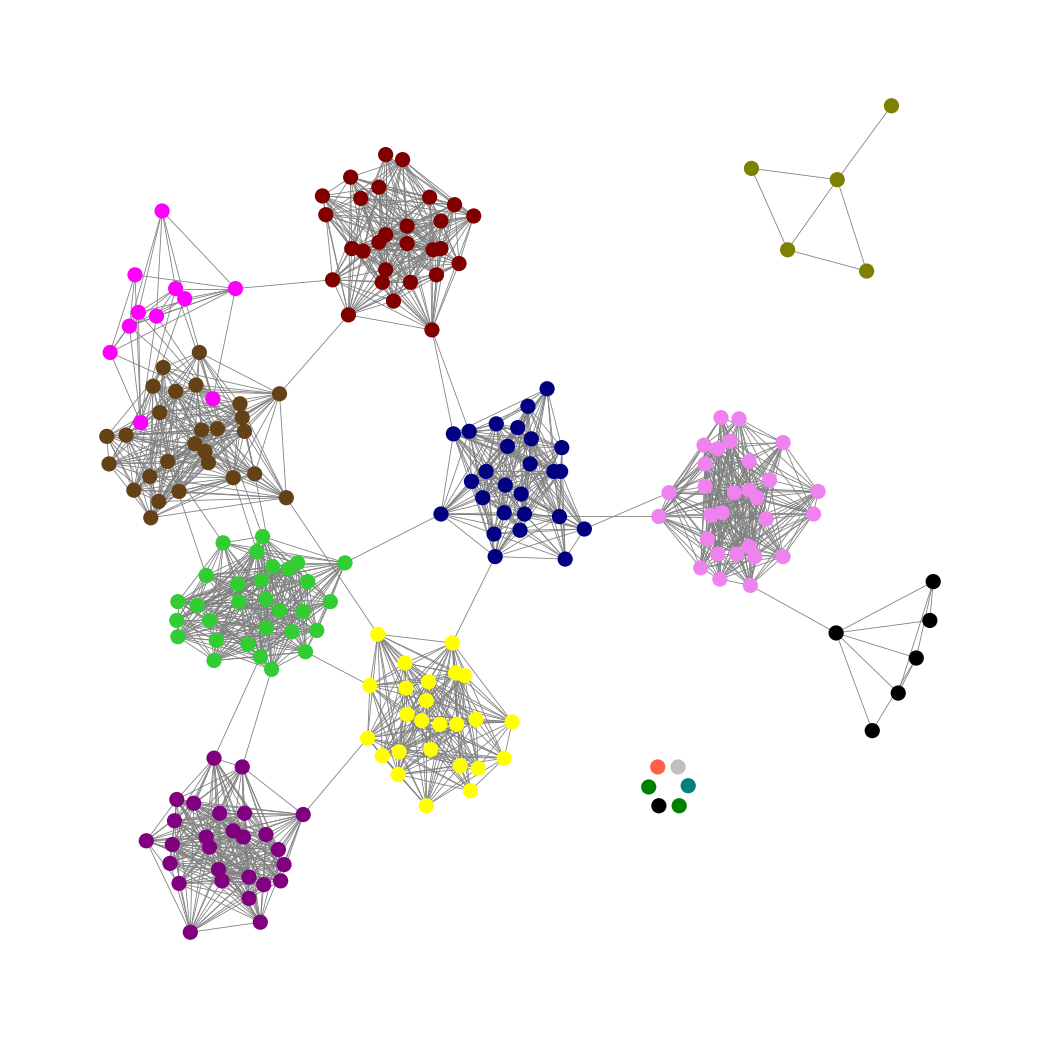
Graph connected: No
Number of connected components: 8
Number of singletons: 6
Total number of nodes: 220
Total number of edges: 1867
Number of communities: 14
Community sizes:
Black: 7
Fuchsia: 11
Green: 2
Lime Green: 30
Maroon: 28
Navy: 26
Olive: 5
Pullman Brown: 27
Purple: 27
Silver: 1
Teal: 1
Tomato: 1
Violet: 29
Yellow: 25
Graph layout: tda
Graph generation method: erdos_renyi